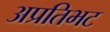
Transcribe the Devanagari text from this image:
अप्रतिभट